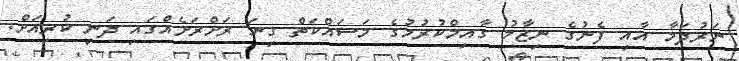
ނަރުދަމާ އާއި ފެނުގެ ނިޒާމު ގާއިމްކުރުމުގެ މަސައްކަތް ގިނަ ރަށްރަށެއްގައި ދަނީ ކުރިއަށް.